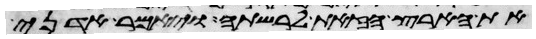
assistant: את הארץ הזאת לרשתה ויאמר אדני